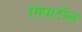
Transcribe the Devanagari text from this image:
रेंगेपाटील